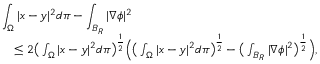
\begin{array} { r l } { \lefteqn { \int _ { \Omega } | x - y | ^ { 2 } d \pi - \int _ { B _ { R } } | \nabla \phi | ^ { 2 } } } \\ & { \le 2 \big ( \int _ { \Omega } | x - y | ^ { 2 } d \pi \big ) ^ { \frac { 1 } { 2 } } \Big ( \big ( \int _ { \Omega } | x - y | ^ { 2 } d \pi \big ) ^ { \frac { 1 } { 2 } } - \big ( \int _ { B _ { R } } | \nabla \phi | ^ { 2 } \big ) ^ { \frac { 1 } { 2 } } \Big ) , } \end{array}